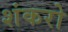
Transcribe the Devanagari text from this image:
शंकरो